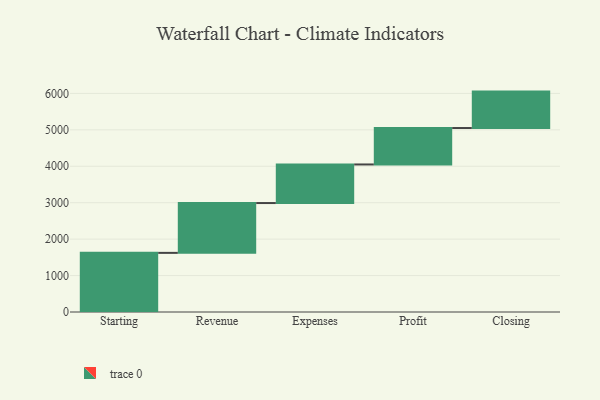
{"axis": {"x": "Step", "y": "Value"}, "legend": [""], "data": [{"x": "Starting", "y": 1623.0, "type": ""}, {"x": "Revenue", "y": 1368.0, "type": ""}, {"x": "Expenses", "y": 1059.0, "type": ""}, {"x": "Profit", "y": 1000, "type": ""}, {"x": "Closing", "y": 1000, "type": ""}]}